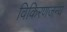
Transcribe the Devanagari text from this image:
विकिरणजन्य